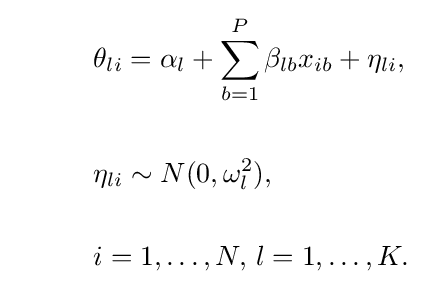
{\begin{aligned}&\theta _{li}=\alpha _{l}+\sum _{b=1}^{P}\beta _{lb}x_{ib}+\eta _{li},\\{\phantom {spacer}}\\&\eta _{li}\sim N(0,\omega _{l}^{2}),\\{\phantom {spacer}}\\&i=1,\ldots ,N,\,l=1,\ldots ,K.\end{aligned}}